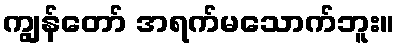
ကျွန်တော် အရက်မသောက်ဘူး။